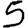
Digit: 5